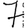
Digit: 7